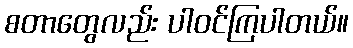
စတာတွေလည်း ပါဝင်ကြပါတယ်။